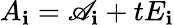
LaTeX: A_{\mathbf{i}}=\mathscr{A}_{\mathbf{i}}+tE_{\mathbf{i}}